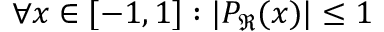
\forall x \in [ - 1 , 1 ] : | P _ { \mathbb { \Re } } ( x ) | \leq 1